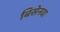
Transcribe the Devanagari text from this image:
बिसेनवा